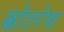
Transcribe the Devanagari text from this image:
स्त्रोतरेषा